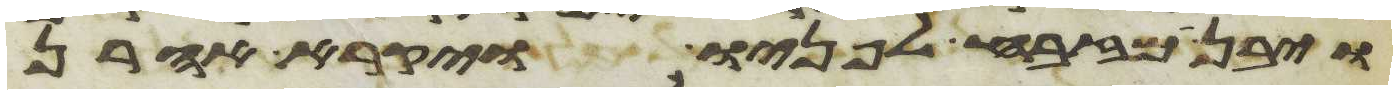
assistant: ויבן מזבח לפניו ויקרא אהרן